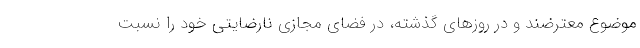
موضوع معترضند و در روز‌های گذشته، در فضای مجازی نارضایتی خود را نسبت